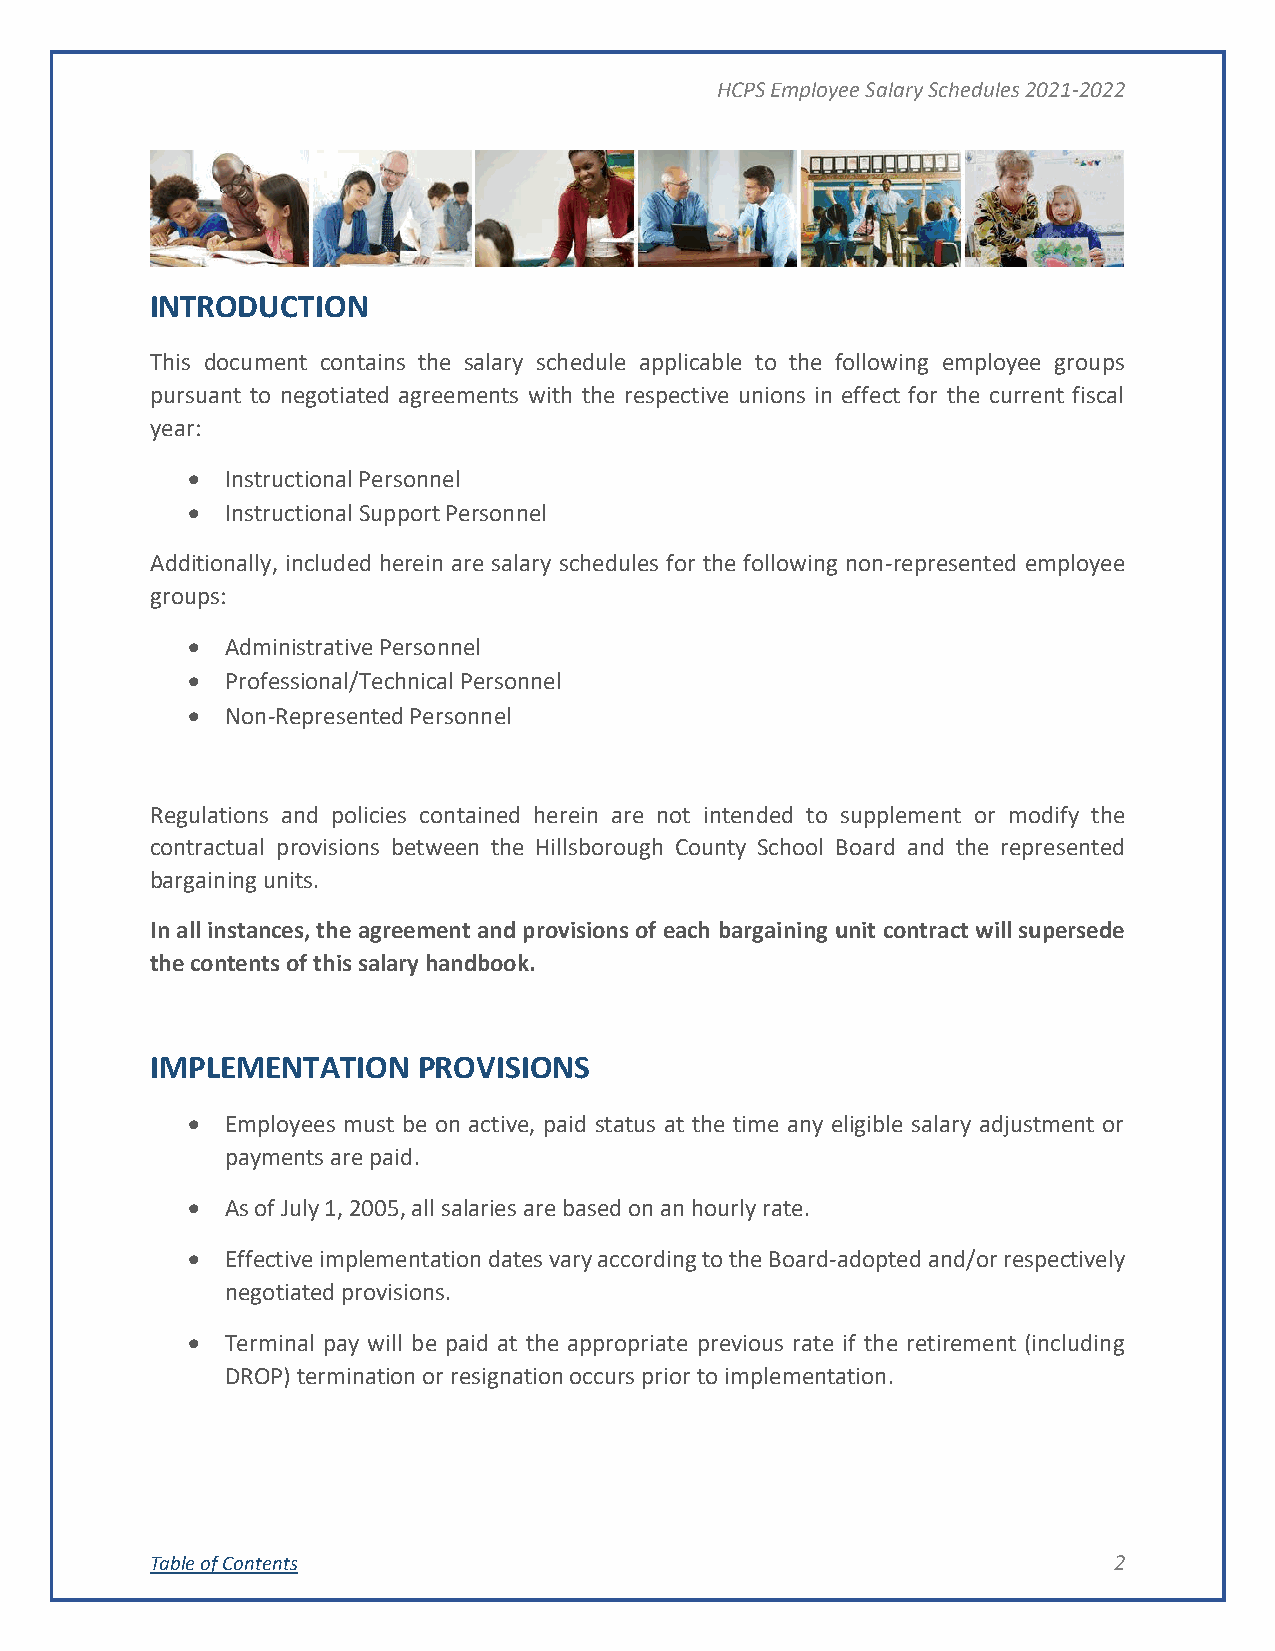
HCPS Employee Salary Schedules 2021-2022
 INTRODUCTION
 This document contains the salary schedule applicable to the following employee groups
 pursuant to negotiated agreements with the respective unions in effect for the current fiscal
 year:
 •  Instructional Personnel
 •  Instructional Support Personnel
 Additionally, included herein are salary schedules for the following non-represented employee
 groups:
 •  Administrative Personnel
 •  Professional/Technical Personnel
 •  Non-Represented Personnel
 Regulations and policies contained herein are not intended to supplement or modify the
 contractual provisions between the Hillsborough County School Board and the represented
 bargaining units.
 In all instances, the agreement and provisions of each bargaining unit contract will supersede
 the contents of this salary handbook.
 IMPLEMENTATION    PROVISIONS
 •  Employees must be on active, paid status at the time any eligible salary adjustment or
 payments are paid.
 •  As of July 1, 2005, all salaries are based on an hourly rate.
 •  Effective implementation dates vary according to the Board-adopted and/or respectively
 negotiated provisions.
 •  Terminal pay will be paid at the appropriate previous rate if the retirement (including
 DROP) termination or resignation occurs prior to implementation.
 Table of Contents                                               2